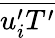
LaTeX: \overline{{{u_{i}^{\prime}}{T^{\prime}}}}